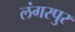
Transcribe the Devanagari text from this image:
लंगरपुर